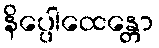
နိပ္ပေါထေန္တော